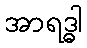
အာရဒ္ဓါ